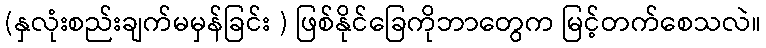
(နှလုံးစည်းချက်မမှန်ခြင်း ) ဖြစ်နိုင်ခြေကိုဘာတွေက မြင့်တက်စေသလဲ။